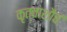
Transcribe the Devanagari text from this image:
कृत्वाशौचं